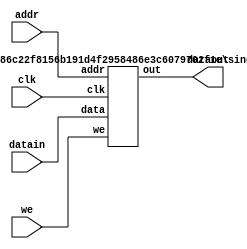
`define SIMULATION_MEMORY

 module spramblock (we, addr, datain, dataout, clk);

    input we; 
    input[10 - 1:0] addr; 
    input[32 - 1:0] datain; 
    output[32 - 1:0] dataout; 
    wire[32 - 1:0] dataout;
    input clk; 



defparam new_ram.ADDR_WIDTH = 10;
defparam new_ram.DATA_WIDTH = 32;
single_port_ram new_ram(
  .clk (clk),
  .we(we),
  .data(datain),
  .out(dataout),
  .addr(addr)
  );
  
  
 endmodule
module single_port_ram(
clk,
addr,
data,
we,
out
);

parameter DATA_WIDTH = 256;
parameter ADDR_WIDTH = 10;
input clk;
input [ADDR_WIDTH-1:0] addr;
input [DATA_WIDTH-1:0] data;
input we;
output reg [DATA_WIDTH-1:0] out;

reg [DATA_WIDTH-1:0] ram[ADDR_WIDTH-1:0];

always @(posedge clk) begin
  if (we) begin
    ram[addr] <= data;
  end
  else begin
    out <= ram[addr];
  end
end

endmodule